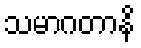
သမာဂတာနိ